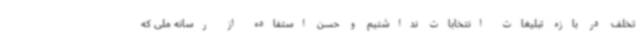
تخلف در بازه تبلیغات انتخابات نداشتیم و حسن استفاده از رسانه ملی که